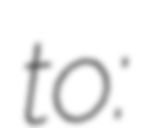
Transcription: to: